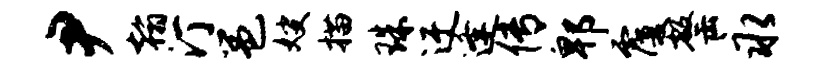
尹翰汀邕嫂描珠迂逢传郫覆罄永